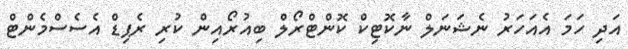
އަދި ހަމަ އެއަހަރު ނެޝަނަލް ނާކޮޓިކް ކޮންޓްރޯލް ބިއުރޯއިން ކުރި ރެޕިޑް އެސެސްމެންޓް